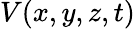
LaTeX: V(x,y,z,t)